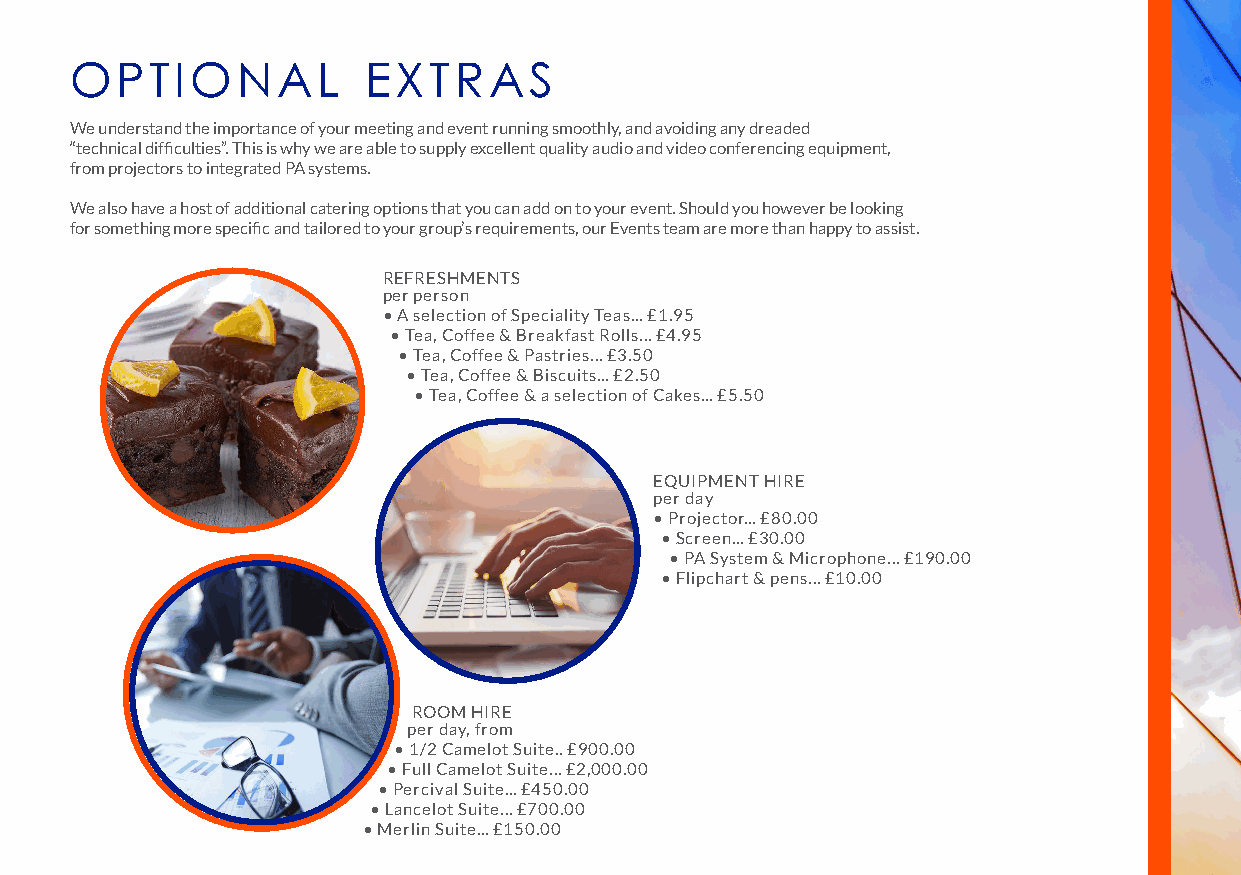
OPTIONAL           EXTRAS
 We understand the importance of your meeting and event running smoothly, and avoiding any dreaded
 “technical difficulties”. This is why we are able to supply excellent quality audio and video conferencing equipment,
 from projectors to integrated PA systems.
 We also have a host of additional catering options that you can add on to your event. Should you however be looking
 for something more specific and tailored to your group’s requirements, our Events team are more than happy to assist.
 REFRESHMENTS
 per person
 • A selection of Speciality Teas... £1.95
 • Tea, Coffee & Breakfast Rolls... £4.95
 • Tea, Coffee & Pastries... £3.50
 • Tea, Coffee & Biscuits... £2.50
 • Tea, Coffee & a selection of Cakes... £5.50
 EQUIPMENT HIRE
 per day
 • Projector... £80.00
 • Screen... £30.00
 • PA System & Microphone... £190.00
 • Flipchart & pens... £10.00
 ROOM HIRE
 per day, from
 • 1/2 Camelot Suite.. £900.00
 • Full Camelot Suite... £2,000.00
 • Percival Suite... £450.00
 • Lancelot Suite... £700.00
 • Merlin Suite... £150.00